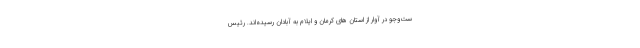
ست‌وجو در آوار از استان های کرمان و ایلام به آبادان رسیده‌اند. رئیس